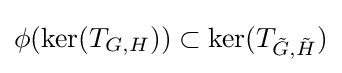
\phi (\ker(T_{G,H}))\subset \ker(T_{{\tilde {G}},{\tilde {H}}})